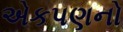
એકપણનો